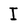
Character: I